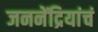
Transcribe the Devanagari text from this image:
जननेंद्रियांचं